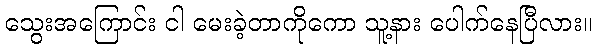
သွေးအကြောင်း ငါ မေးခဲ့တာကိုကော သူ့နား ပေါက်နေပြီလား။